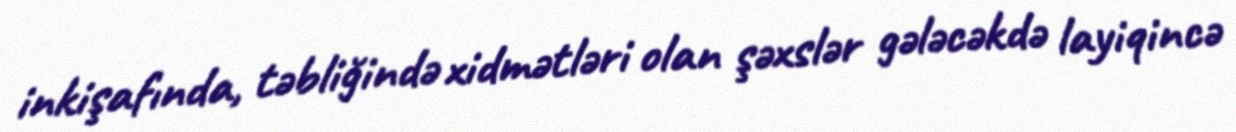
inkişafında, təbliğində xidmətləri olan şəxslər gələcəkdə layiqincə